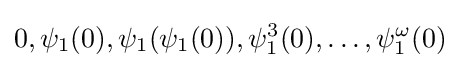
0,\psi _{1}(0),\psi _{1}(\psi _{1}(0)),\psi _{1}^{3}(0),\ldots ,\psi _{1}^{\omega }(0)